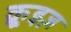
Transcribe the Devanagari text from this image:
क्रूइज़